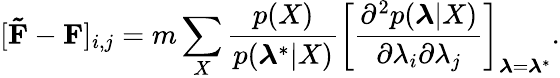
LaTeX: [\mathbf{\tilde{F}}-\mathbf{F}]_{i,j}=m\sum_{X}\frac{p(X)}{p(\boldsymbol{\lambda}^{*}|X)}\left[\frac{\partial^{2}p(\boldsymbol{\lambda}|X)}{\partial\lambda_{i}\partial\lambda_{j}}\right]_{\boldsymbol{\lambda}=\boldsymbol{\lambda}^{*}}.